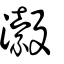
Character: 瀫